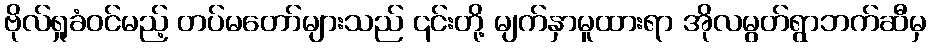
ဗိုလ်ရှုခံဝင်မည့် တပ်မတော်များသည် ၎င်းတို့ မျက်နှာမူထားရာ အိုလမွတ်ရွာဘက်ဆီမှ